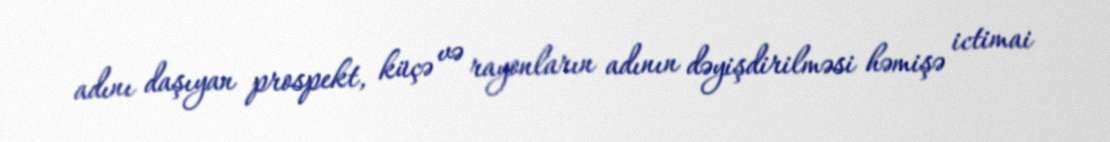
adını daşıyan prospekt, küçə və rayonların adının dəyişdirilməsi həmişə ictimai